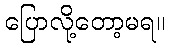
ပြောလို့တော့မရ။